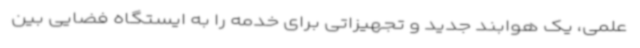
علمی، یک هوابند جدید و تجهیزاتی برای خدمه را به ایستگاه فضایی بین